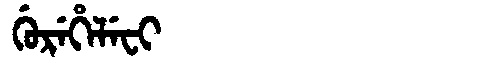
Manchu: ᡤᡠᡵᡝᡥᡝᠯᡝᠸᡳ
Romanization: GUREHELEFI